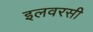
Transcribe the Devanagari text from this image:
इलवरसी